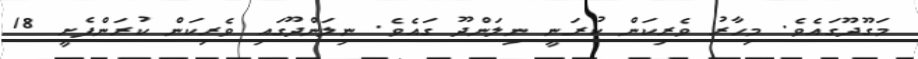
މަގޫދޫގައެވެ. މިހާރު ވެރިކަން ކުރަނީ ނިލަންދޫ ގައެވެ. ނިލަންދޫގައި ވެރިކަން ކުރަންފެށީ 18